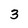
Character: 3